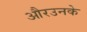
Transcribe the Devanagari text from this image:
औरउनके